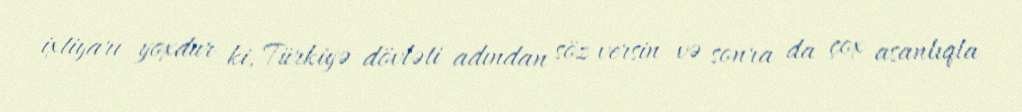
ixtiyarı yoxdur ki, Türkiyə dövləti adından söz versin və sonra da çox asanlıqla